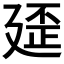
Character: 𱝓